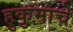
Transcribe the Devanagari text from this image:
हुकुमाचे